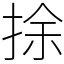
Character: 捈